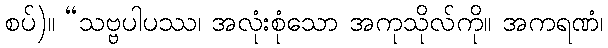
စပ်)။ “သဗ္ဗပါပဿ၊ အလုံးစုံသော အကုသိုလ်ကို။ အကရဏံ၊